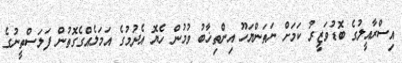
އިސްރާއީލުގެ ބޮޑުވަޒީރު ކަމަށް ނަތަންޔަހޫ އިންތިޚާބު ވުމުން ހެޔޮ އެދުމުގެ އަމަލެއްގެގޮތުން ފަލަސްތީނުގެ